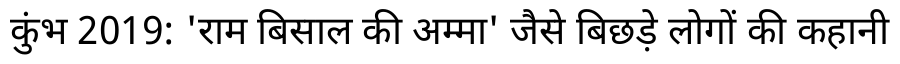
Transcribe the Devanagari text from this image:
कुंभ 2019: 'राम बिसाल की अम्मा' जैसे बिछड़े लोगों की कहानी